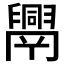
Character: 𦦧